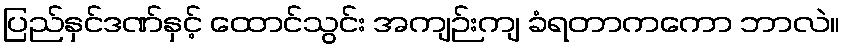
ပြည်နှင်ဒဏ်နှင့် ထောင်သွင်း အကျဉ်းကျ ခံရတာကကော ဘာလဲ။